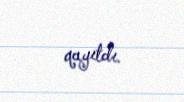
qayıtdı.